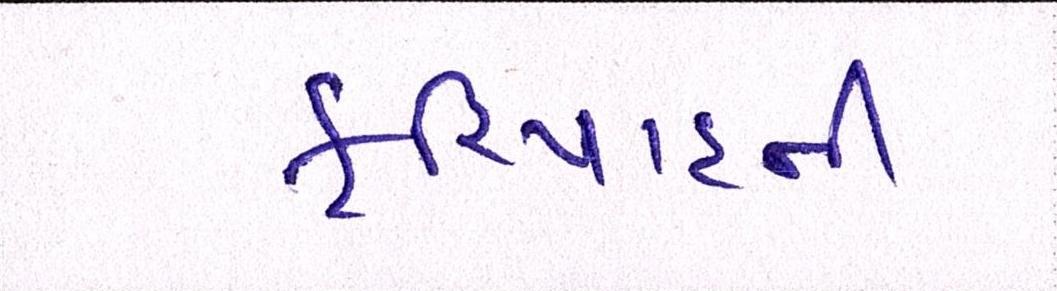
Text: ફરિયાદની